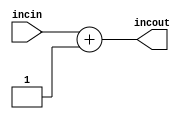
//////////////
//Incrementor
/////////////
module incrementor(output reg [6:0] incout, input [6:0] incin);

initial incout = 7'b0000000;

always @(*) incout = incin + 1'b1;
	
endmodule